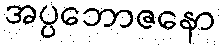
အပ္ပဘောဇနော